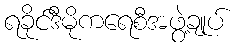
ရခိုင်ဒီမိုကရေစီအဖွဲ့ချုပ်